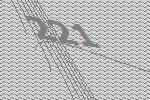
221